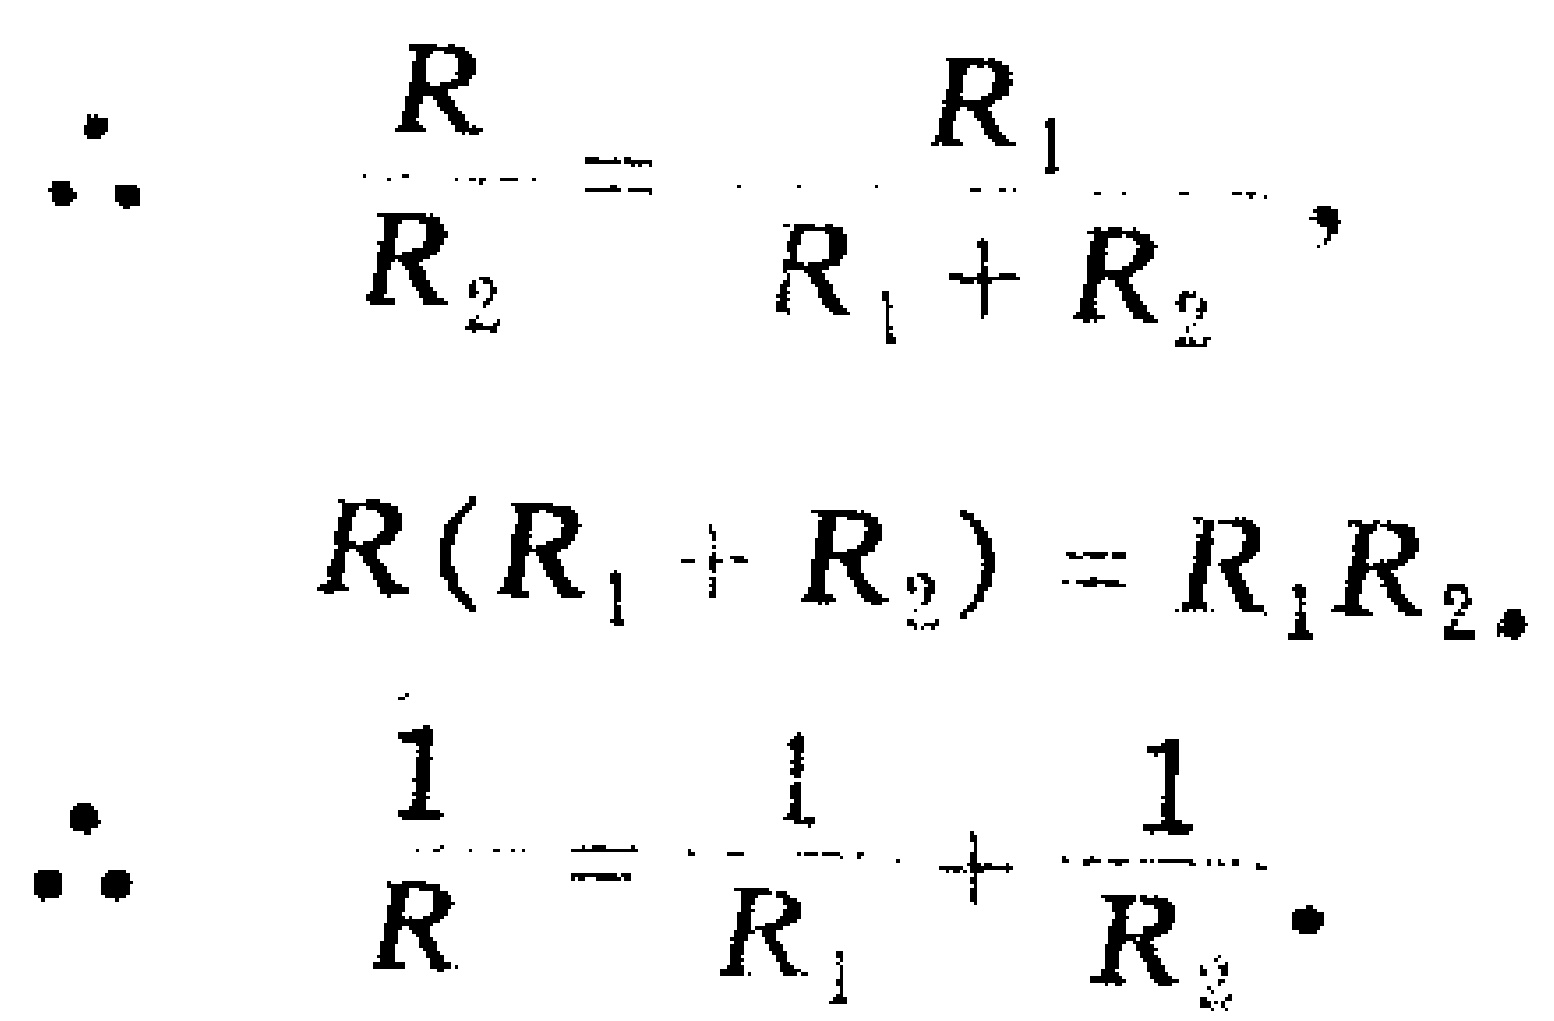
\[
\begin{align*}
\therefore \frac{R}{R_{2}}&=\frac{R_{1}}{R_{1} + R_{2}},\\
R(R_{1} + R_{2})&=R_{1}R_{2}.\\
\therefore \frac{1}{R}&=\frac{1}{R_{1}}+\frac{1}{R_{2}}.
\end{align*}
\]